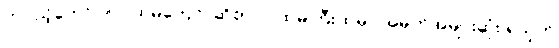
တပည့်တော်။ ။“ပထမကျော်”ဆိုတာ ပထမကြီးထဲမှာ အမှတ်အများဆုံး ရသူကို